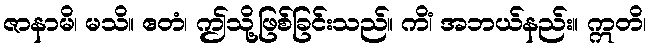
ဇာနာမိ၊ မသိ။ ဧတံ၊ ဤသို့ဖြစ်ခြင်းသည်။ ကိံ၊ အဘယ်နည်း။ ဣတိ၊